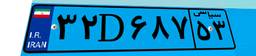
۳۲D۶۸۷۵۳